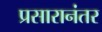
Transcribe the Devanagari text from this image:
प्रसारानंतर